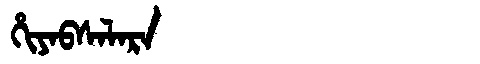
Manchu: ᡥᡳᠶᠠᠪᠰᠠᠯᠠᡵᠠ
Romanization: HIYABSALARA